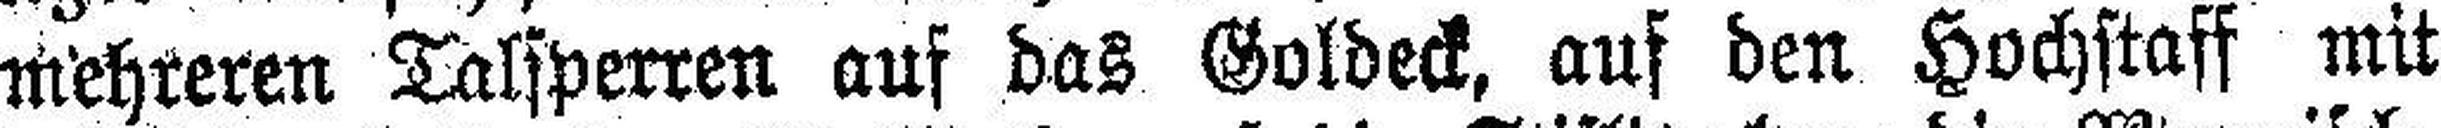
mehreren Talsperren auf das Goldeck, auf den Hochstaff mit